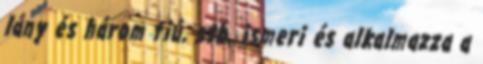
lány és három fiú, stb. ismeri és alkalmazza a